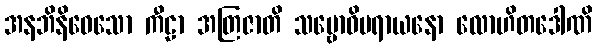
အနဘိနိဝေသော ကီဠာ အတြဇာတိ သမ္ဗောဓိပရာယနော လောဟိတဒေါဏိ